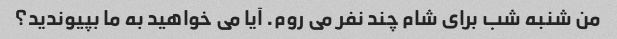
من شنبه شب برای شام چند نفر می روم. آیا می خواهید به ما بپیوندید؟